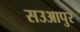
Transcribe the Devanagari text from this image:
सउआपुर